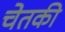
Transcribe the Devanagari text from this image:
चेतकी